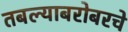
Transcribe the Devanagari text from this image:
तबल्याबरोबरचे